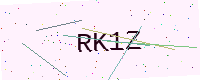
Text: RK1Z